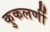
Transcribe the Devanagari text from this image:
कुकलर्णी